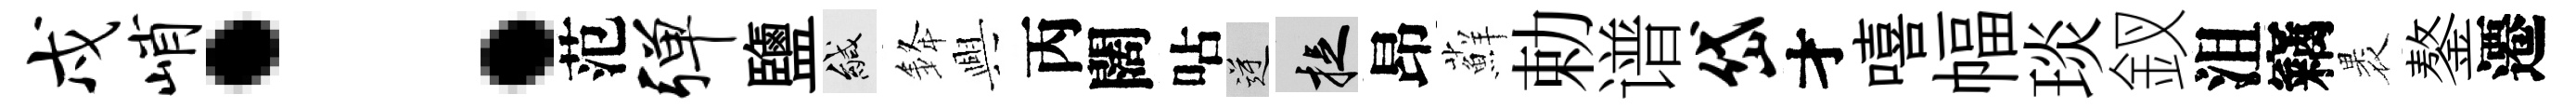
戍峭：范弹鹽緘𨦟興丙闊呫逆捉昂蘚勅谱岱才嘻幅琰釵沮竊褁鏊遷